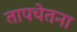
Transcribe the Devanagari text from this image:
तापचेतना